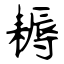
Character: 耨